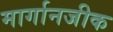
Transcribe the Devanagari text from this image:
मार्गानजीक